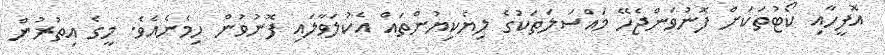
އޮފީހާއި ކޯޓުތަކަށް ފޮނުވަންޖެހޭ މައްސަލަތަކުގެ ލިޔެކިޔުންތައް އެކުލަވާލައި ފޮނުވުން ހިމެނެއެވެ. މީގެ އިތުރުން